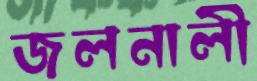
জলনালী